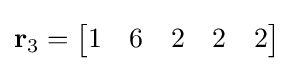
\mathbf {r} _{3}={\begin{bmatrix}1&6&2&2&2\end{bmatrix}}